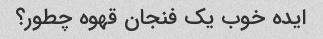
ایده خوب یک فنجان قهوه چطور؟